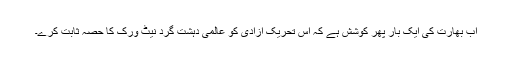
اب بھارت کی ایک بار پھر کوشش ہے کہ اس تحریکِ آزادی کو عالمی دہشت گرد نیٹ ورک کا حصہ ثابت کرے۔